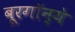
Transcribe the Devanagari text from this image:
बूरगॉन्ये